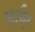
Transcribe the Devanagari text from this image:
मर्दना